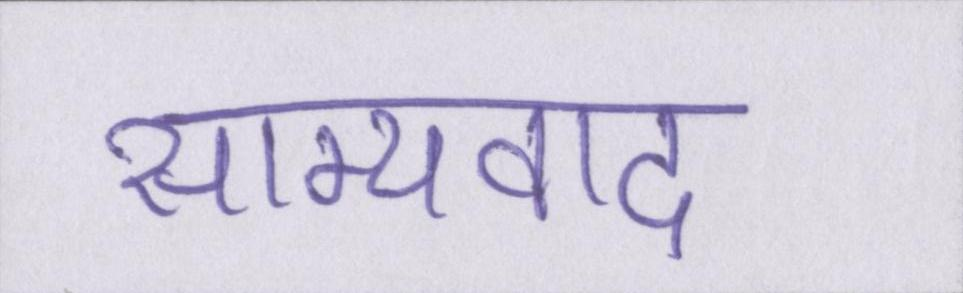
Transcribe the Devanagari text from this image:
साम्यवाद